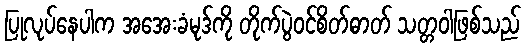
ပြုလုပ်နေပါက အအေးခံမုဒ်ကို တိုက်ပွဲဝင်စိတ်ဓာတ် သတ္တဝါဖြစ်သည်